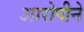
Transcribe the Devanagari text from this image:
आरोपीने